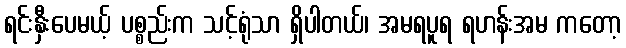
ရင်းနှီးပေမယ့် ပစ္စည်းက သင့်ရုံသာ ရှိပါတယ်၊ အမရပူရ ရဟန်းအမ ကတော့